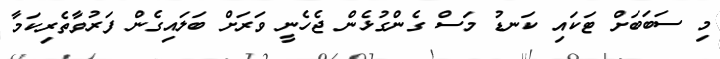
މި ސަބަބަށް ޓަކައި ކަނޑު މަސް ގެންގުޅެން ޖެހެނީ ވަރަށް ބަލައިގެން ފަރުވާތެރިކަމާ